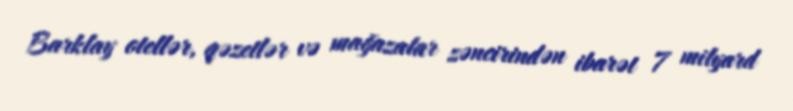
Barklay otellər, qəzetlər və mağazalar zəncirindən ibarət 7 milyard